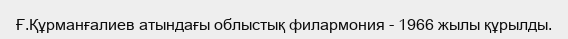
Ғ.Құрманғалиев атындағы облыстық филармония - 1966 жылы құрылды.